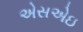
એસએઇ